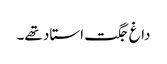
داغ جگت استاد تھے۔